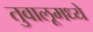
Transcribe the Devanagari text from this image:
तुवालूमध्ये